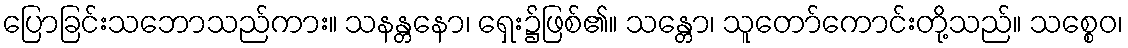
ပြောခြင်းသဘောသည်ကား။ သနန္တနော၊ ရှေး၌ဖြစ်၏။ သန္တော၊ သူတော်ကောင်းတို့သည်။ သစ္စေဝ၊